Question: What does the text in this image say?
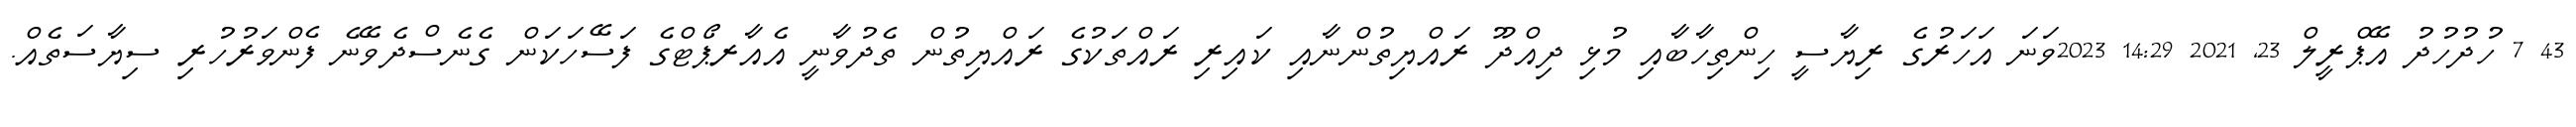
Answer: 43 7 ހުދުހުދު އޭޕްރީލް 23, 2021 14:29 2023ވަނަ އަހަރުގެ ރިޔާސީ ހިންތިހާބާއި މުޅި ދިއްދޫ ރައްޔިތުންނާއި ކައިރި ރައްތަކުގެ ރައްޔިތުން ތެދުވާނީ އެއާރޕޯޓްގެ ފަސޭހަކަން ގެނެސްދެވޭނެ ފެންވަރުހުރި ސިޔާސަތެއް.